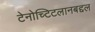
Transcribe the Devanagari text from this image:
टेनोच्टिटलानबद्दल